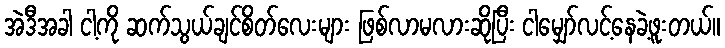
အဲဒီအခါ ငါ့ကို ဆက်သွယ်ချင်စိတ်လေးများ ဖြစ်လာမလားဆိုပြီး ငါမျှော်လင့်နေခဲ့ဖူးတယ်။